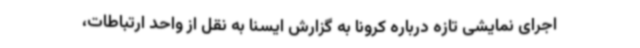
اجرای نمایشی تازه درباره کرونا به گزارش ایسنا به نقل از واحد ارتباطات،